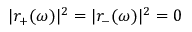
| r _ { + } ( \omega ) | ^ { 2 } = | r _ { - } ( \omega ) | ^ { 2 } = 0